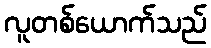
လူတစ်ယောက်သည်